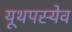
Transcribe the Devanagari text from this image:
यूथपस्येव